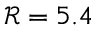
\mathcal { R } = 5 . 4